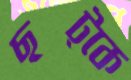
ছট্‌কে